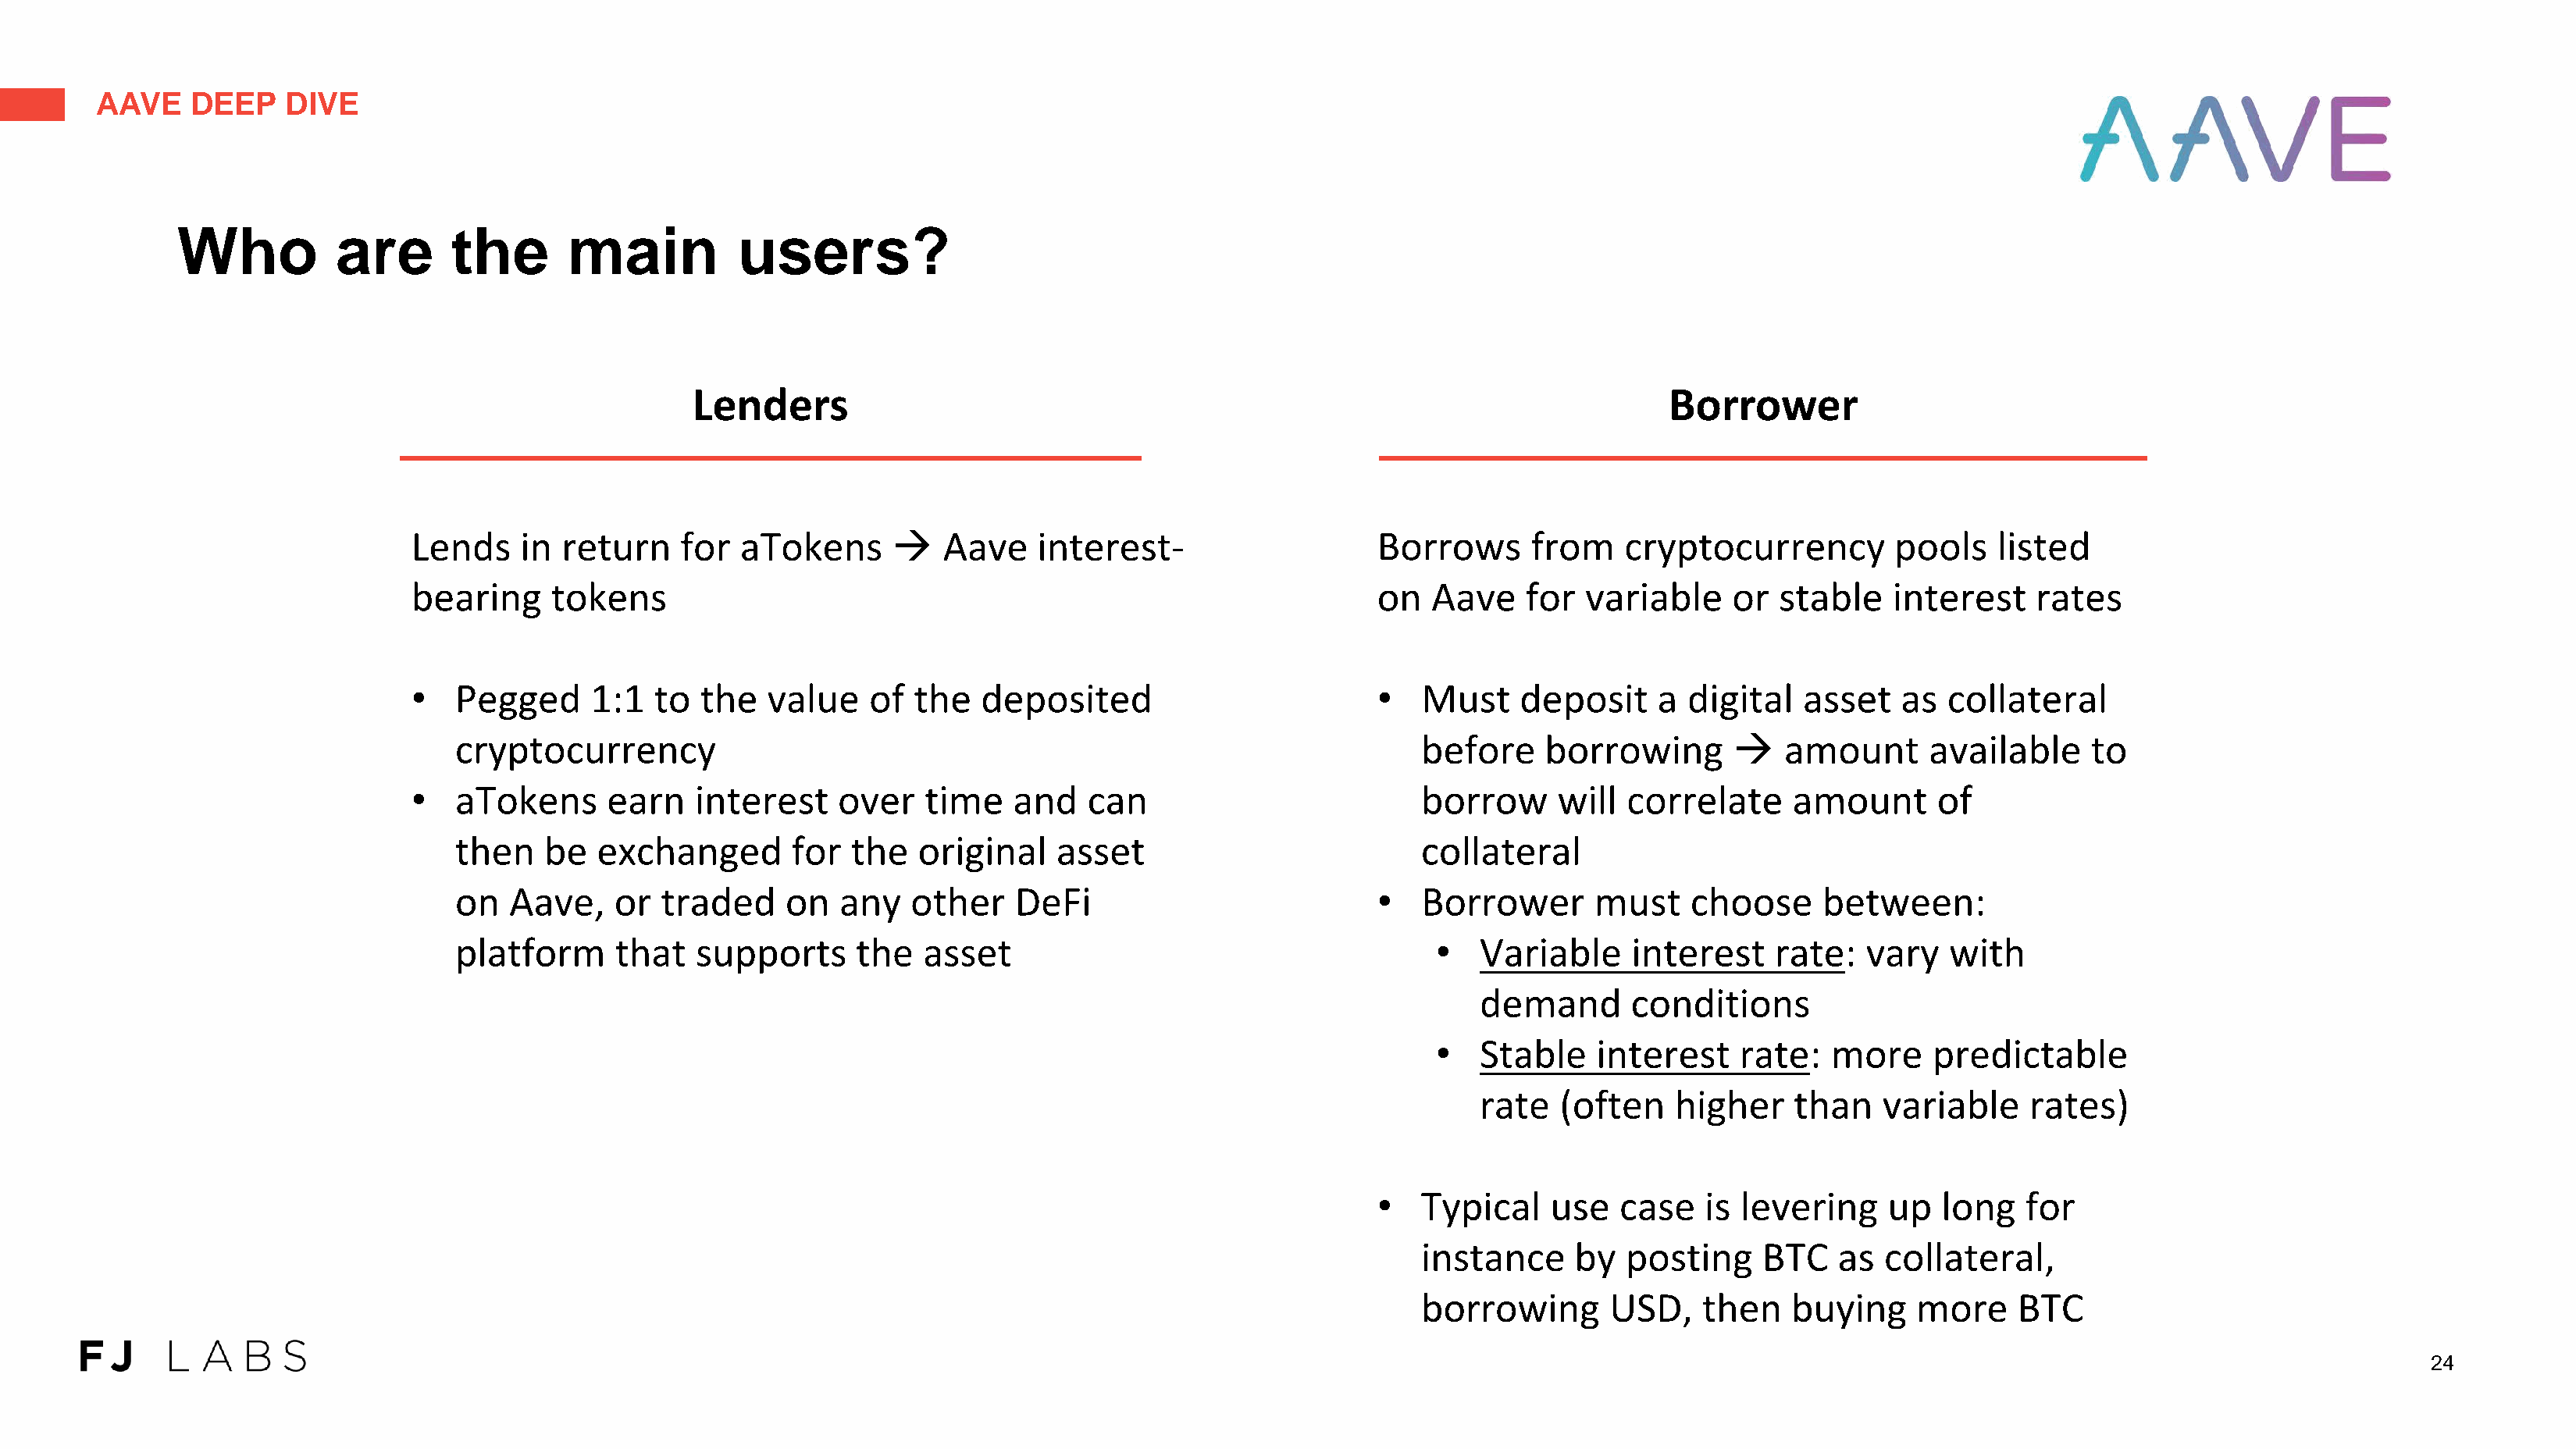
AAVE    DEEP    DIVE
 Who          are       the       main           users?
 Lenders                                                                           Borrower
 Lends    in  return    for  aTokens      →   Aave    interest-                    Borrows      from    cryptocurrency         pools   listed
 bearing     tokens                                                                on  Aave    for  variable     or  stable   interest     rates
 •   Pegged     1:1  to  the   value    of the   deposited                         •  Must     deposit    a  digital   asset   as  collateral
 cryptocurrency                                                                   before     borrowing       →   amount      available     to
 •   aTokens     earn    interest    over   time    and   can                         borrow      will  correlate     amount      of
 then   be   exchanged       for  the   original    asset                         collateral
 on  Aave,    or  traded     on  any   other    DeFi                           •  Borrower       must    choose     between:
 platform     that   supports      the  asset                                       •  Variable     interest    rate:   vary   with
 demand       conditions
 •  Stable    interest    rate:   more     predictable
 rate   (often    higher    than    variable    rates)
 •  Typical    use   case   is  levering    up   long   for
 instance     by   posting    BTC    as  collateral,
 borrowing       USD,    then    buying    more     BTC
 24